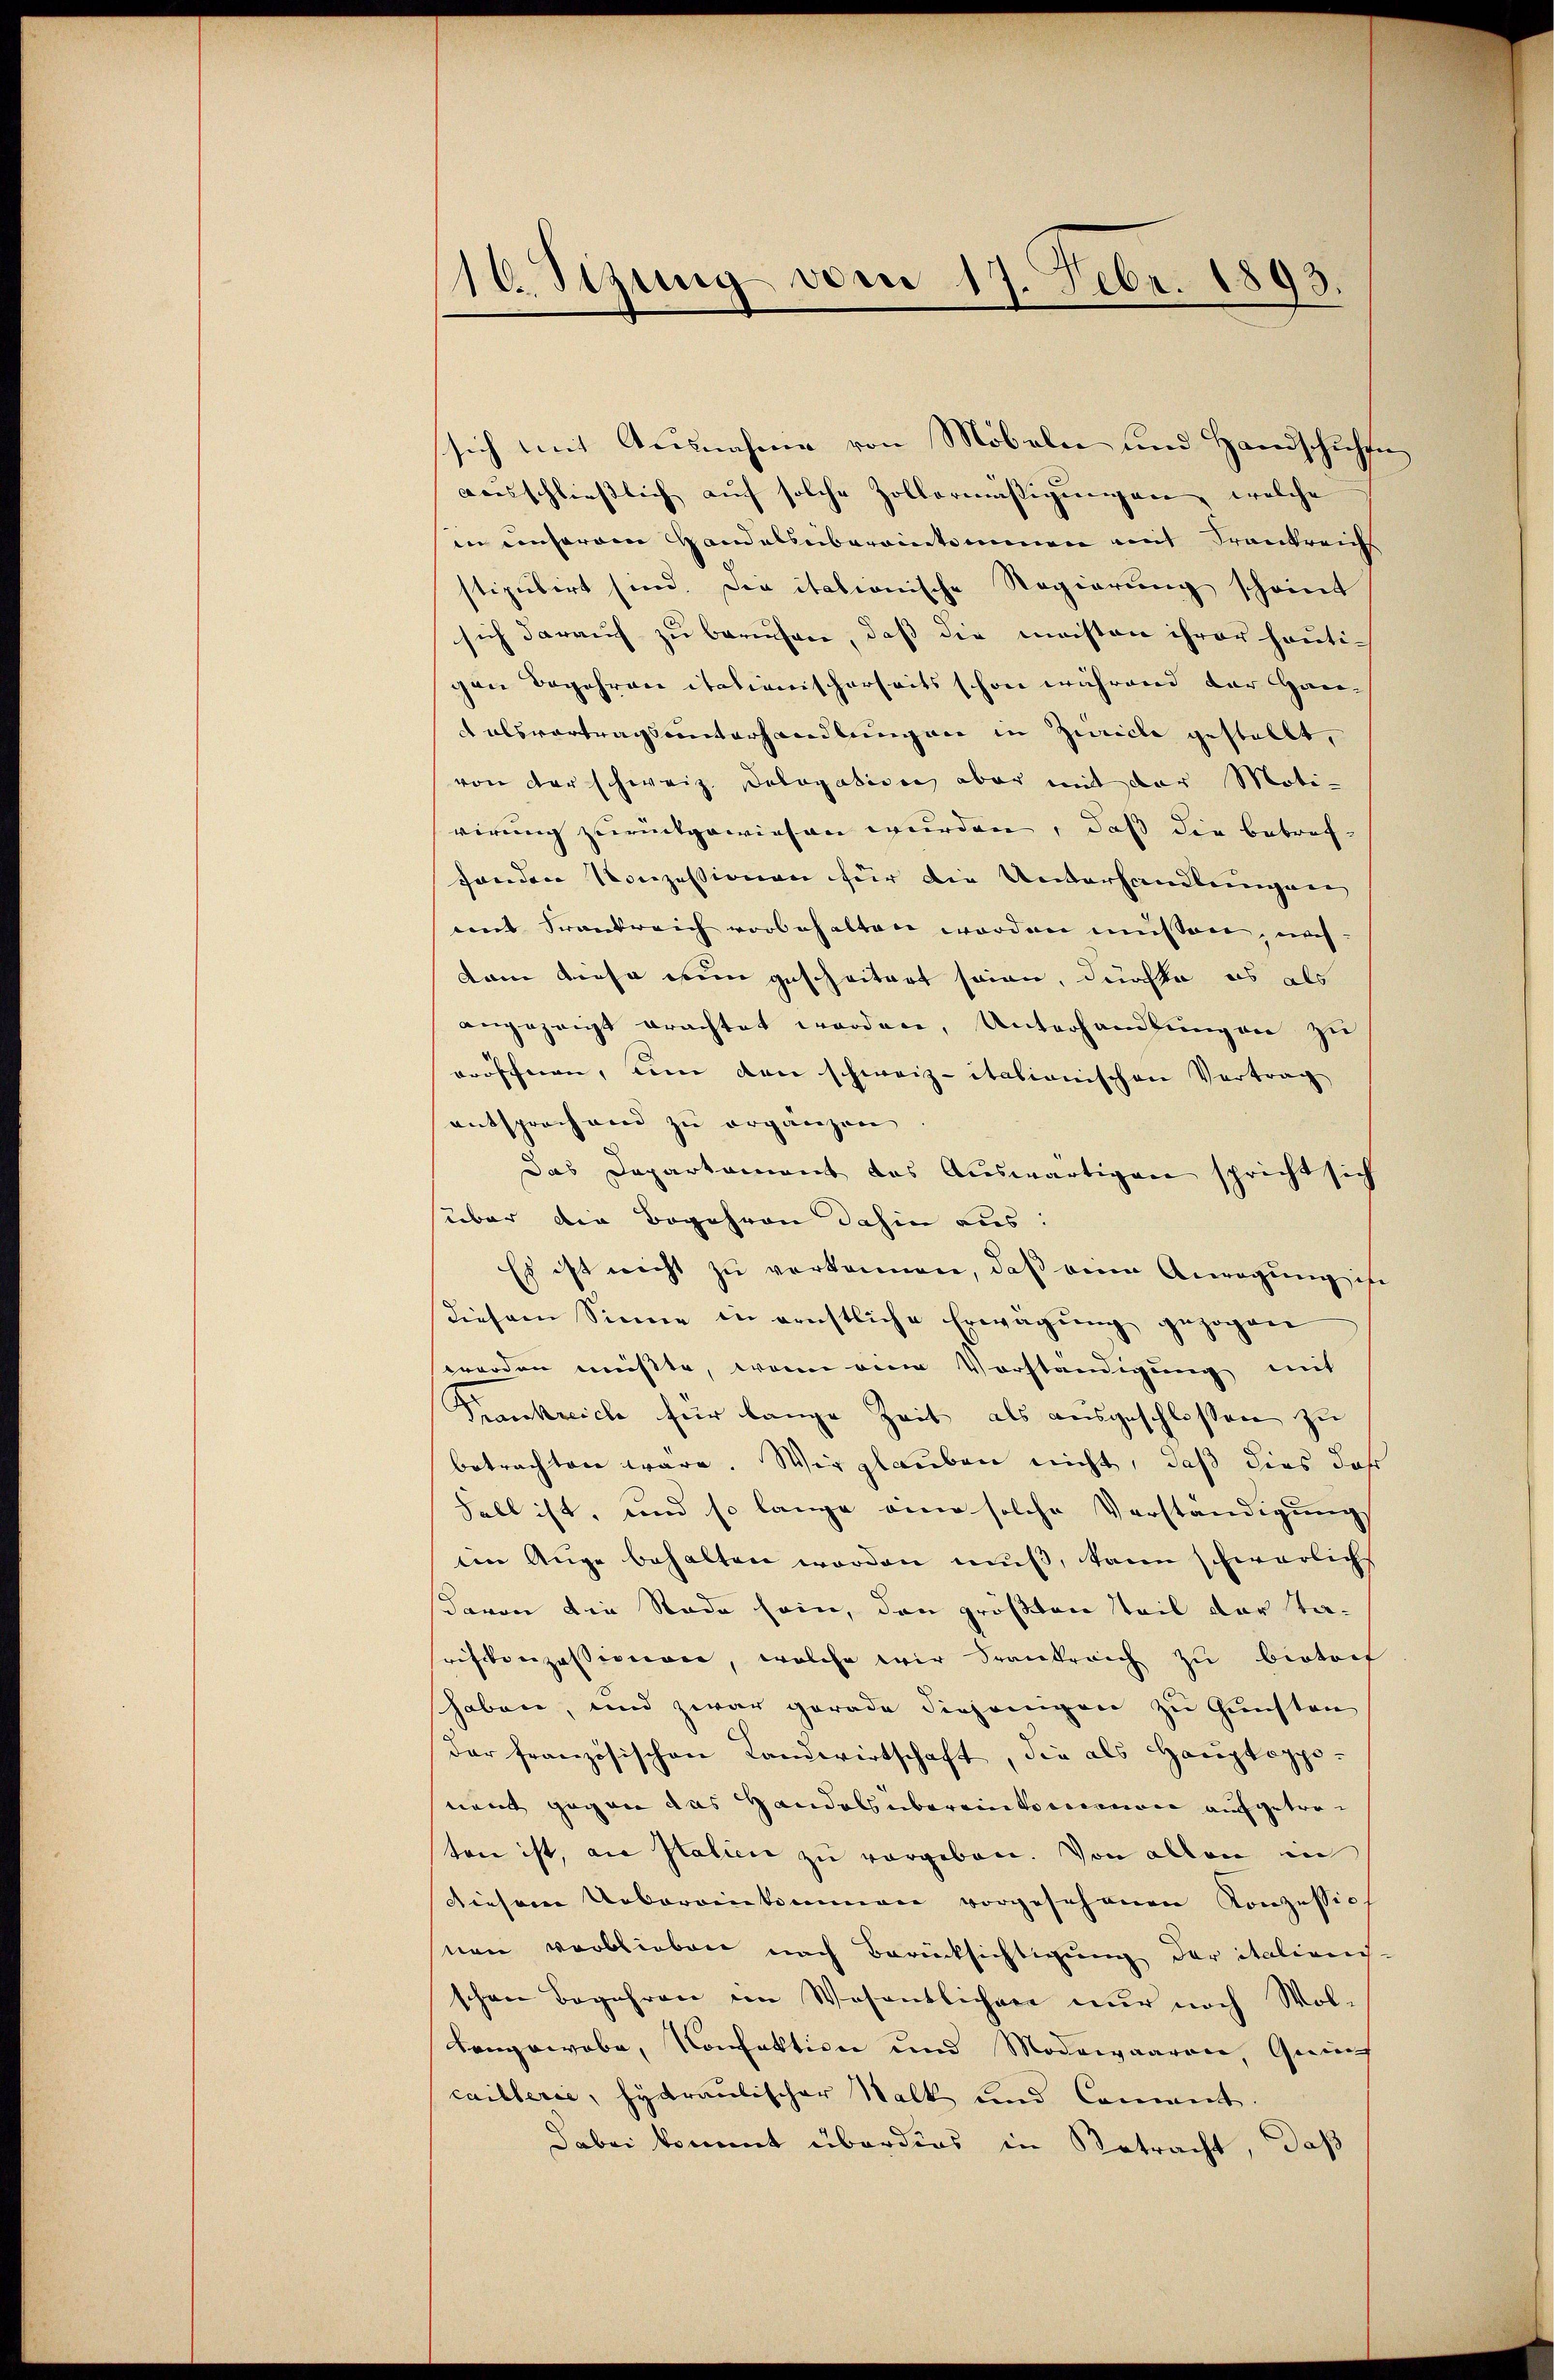
10. Sizung vom 17. Febr. 1893.

sich mit Ausnahme von Möbeln und Handschuhen
ausschliesslich auf solche Zollermässigungen, welche
in unserem Handelsübereinkommen mit Frankreichs
stipulirt sind. Die italionische Regierung scheint
sich darauf zu berufen, daß die meisten ihrer heutigen Begehren italienischerseits schon während der Hanalsvortragsunterhandlungen in Zwicke gestellt,
von der schweiz. Dologation, aber mit der Motivirung zurückgewiesen wurden, daß die betroffonden Konzessionen für die Unterhandlungen
mit Frankreich vorbehalten worden müssen, noch
dam diese dem gescheitert seien, durchte es als
angezeigt erachtet worden, Unterhandlungen zu
eröffnen, um den schweiz. italionischen Vertrag
entsprochend zu ergänzen
Das Departament das Auswärtigen spricht sich
über die Begehren dahin aus:
Es ist nicht zu verkennen, daß die Anregung in
Diesem Sinne in ernstliche Erwägung gezogen
worden müsste, wenn eine Vorständigung mit
Frankreich für lange Zeit als ausgeschlossen zu
betrachten wäre. Wir glauben nicht, daß dies dah
Fall ist, und so lange eine solche Verständigung
iin Auge behalten worden mŭβ, kann schwerlichs
davon die Stade sein, den größten Teil der Tasoiskonzessionare, welche wir drankreich zu bestorf
shaben, und zwar gerade diejenigen zu Gunsten
der französischen Landwirtschaft, die als Hauptoppe-
nent gegen das Handelsübereinkommen aufgetreten ist, an Italien zu vergeben. Von allen in
diesem Uebereinkommen vorgesehenen Konzessich
nen verblieben nach Berücksichtigung der italienis-
schen Begehren im Wesentlichen nur noch Wol-
Longowobe, Konfaktion und Modewaaren, Grünf
caillerie, hydraulischer Walk und Coment.
Dabei kommt überdies in Betracht, daß